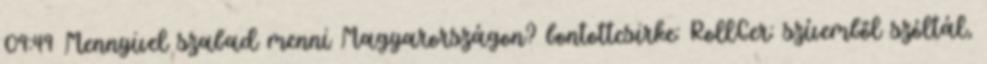
09:49 Mennyivel szabad menni Magyarországon? bontottcsirke: RollGer: szívemből szóltál,